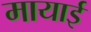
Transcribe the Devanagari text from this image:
मायाई